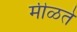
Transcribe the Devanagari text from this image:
मीळते